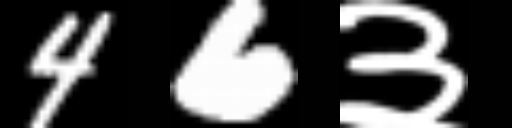
Text: 46३